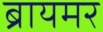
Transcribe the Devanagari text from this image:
ब्रायमर